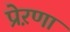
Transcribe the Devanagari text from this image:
प्रेऱणा